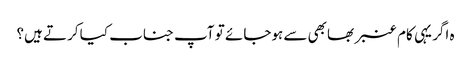
ہ اگر یہی کام عنبر بھابھی سے ہوجائے تو آپ جناب کیا کرتے ہیں؟